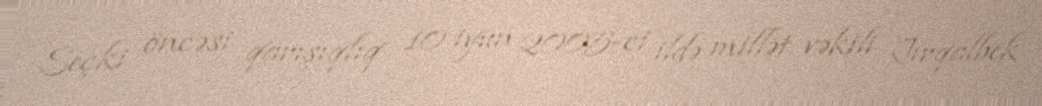
Seçki öncəsi qarışıqlıq 10 iyun 2005-ci ildə millət vəkili Jırqalbek